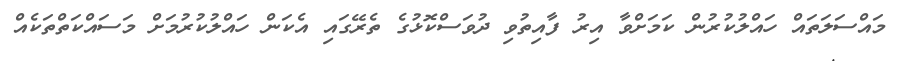
މައްސަލަތައް ހައްލުކުރުން ކަމަށްވާ އިރު ފާއިތުވި ދުވަސްކޮޅުގެ ތެރޭގައި އެކަން ހައްލުކުރުމަށް މަސައްކަތްތަކެއް